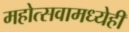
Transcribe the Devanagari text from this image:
महोत्सवामध्येही